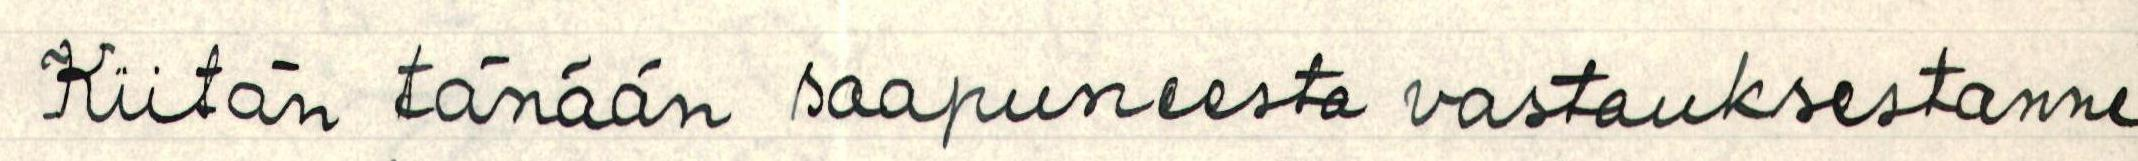
Kiitän tänään saapuneesta vastauksestanne